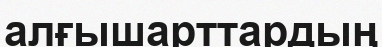
алғышарттардың